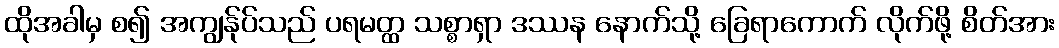
ထိုအခါမှ စ၍ အကျွန်ုပ်သည် ပရမတ္ထ သစ္စာရှာ ဒဿန နောက်သို့ ခြေရာကောက် လိုက်ဖို့ စိတ်အား